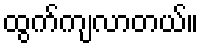
ထွက်ကျလာတယ်။